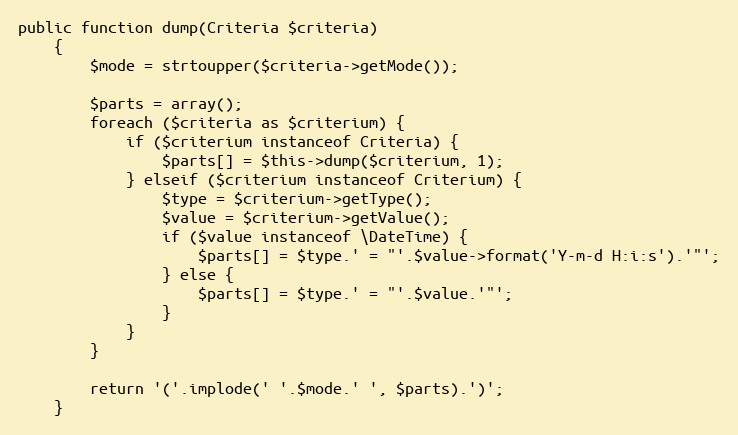
Language: PHP
public function dump(Criteria $criteria)
    {
        $mode = strtoupper($criteria->getMode());

        $parts = array();
        foreach ($criteria as $criterium) {
            if ($criterium instanceof Criteria) {
                $parts[] = $this->dump($criterium, 1);
            } elseif ($criterium instanceof Criterium) {
                $type = $criterium->getType();
                $value = $criterium->getValue();
                if ($value instanceof \DateTime) {
                    $parts[] = $type.' = "'.$value->format('Y-m-d H:i:s').'"';
                } else {
                    $parts[] = $type.' = "'.$value.'"';
                }
            }
        }

        return '('.implode(' '.$mode.' ', $parts).')';
    }